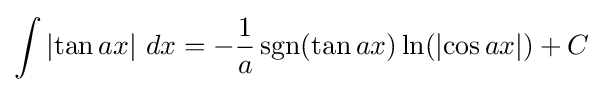
\int \left|\tan {ax}\right|\,dx=-{\frac {1}{a}}\operatorname {sgn}(\tan {ax})\ln(\left|\cos {ax}\right|)+C